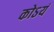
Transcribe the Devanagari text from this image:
कोऽयं